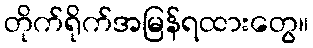
တိုက်ရိုက်အမြန်ရထားတွေ။